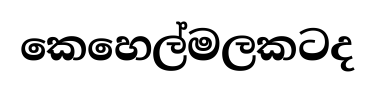
කෙහෙල්මලකටද